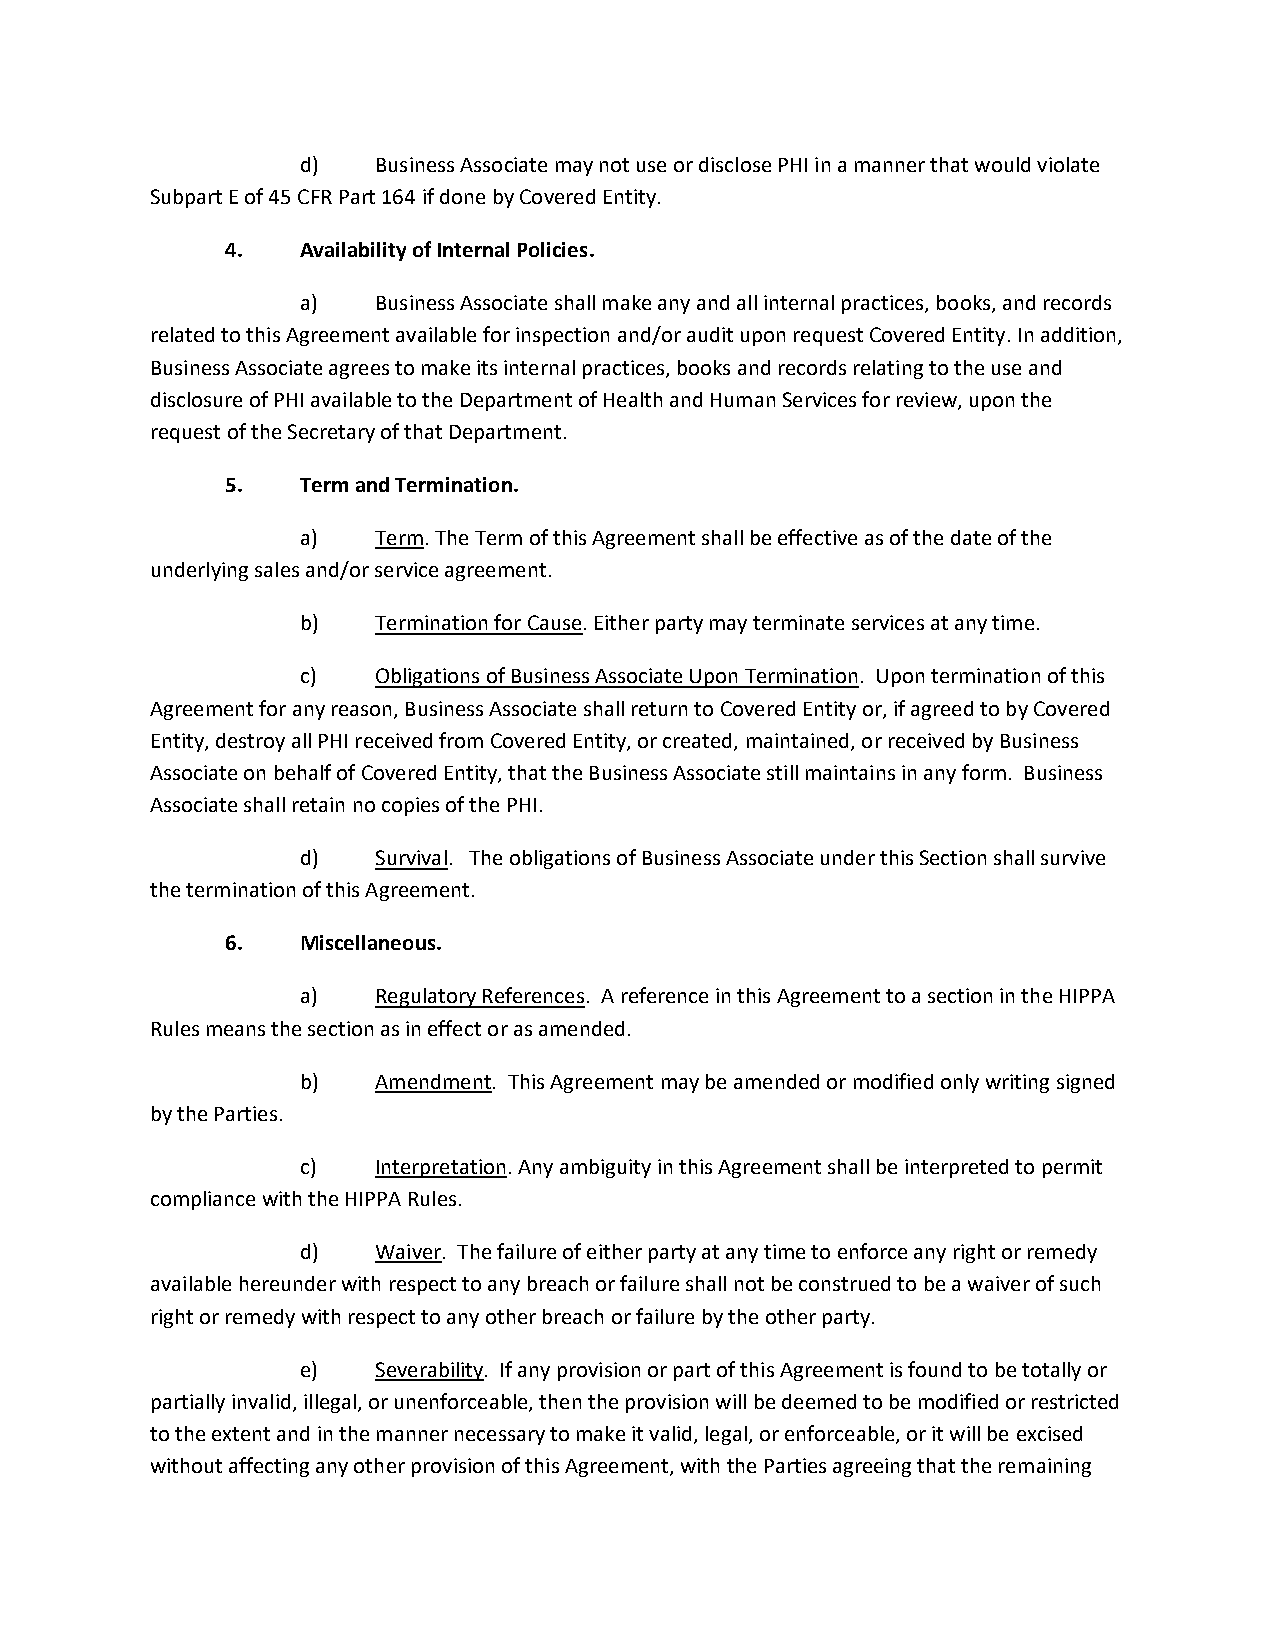
d)   Business Associate may not use or disclose PHI in a manner that would violate
 Subpart E of 45 CFR Part 164 if done by Covered Entity.
 4.   Availability of Internal Policies.
 a)   Business Associate shall make any and all internal practices, books, and records
 related to this Agreement available for inspection and/or audit upon request Covered Entity. In addition,
 Business Associate agrees to make its internal practices, books and records relating to the use and
 disclosure of PHI available to the Department of Health and Human Services for review, upon the
 request of the Secretary of that Department.
 5.   Term and Termination.
 a)   Term. The Term of this Agreement shall be effective as of the date of the
 underlying sales and/or service agreement.
 b)   Termination for Cause. Either party may terminate services at any time.
 c)   Obligations of Business Associate Upon Termination. Upon termination of this
 Agreement for any reason, Business Associate shall return to Covered Entity or, if agreed to by Covered
 Entity, destroy all PHI received from Covered Entity, or created, maintained, or received by Business
 Associate on behalf of Covered Entity, that the Business Associate still maintains in any form. Business
 Associate shall retain no copies of the PHI.
 d)   Survival. The obligations of Business Associate under this Section shall survive
 the termination of this Agreement.
 6.   Miscellaneous.
 a)   Regulatory References. A reference in this Agreement to a section in the HIPPA
 Rules means the section as in effect or as amended.
 b)   Amendment. This Agreement may be amended or modified only writing signed
 by the Parties.
 c)   Interpretation. Any ambiguity in this Agreement shall be interpreted to permit
 compliance with the HIPPA Rules.
 d)   Waiver. The failure of either party at any time to enforce any right or remedy
 available hereunder with respect to any breach or failure shall not be construed to be a waiver of such
 right or remedy with respect to any other breach or failure by the other party.
 e)   Severability. If any provision or part of this Agreement is found to be totally or
 partially invalid, illegal, or unenforceable, then the provision will be deemed to be modified or restricted
 to the extent and in the manner necessary to make it valid, legal, or enforceable, or it will be excised
 without affecting any other provision of this Agreement, with the Parties agreeing that the remaining